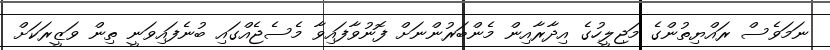
ނަމަވެސް ރައްޔިތުންގެ މަޖިލީހުގެ އިދާރާއިން މެންބަރުންނަށް ފޮނުވާފައިވާ މެސެޖެއްގައި ބުނެފައިވަނީ ތިން ވަޒީރަކަށް